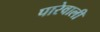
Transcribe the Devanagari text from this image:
पारेवाली